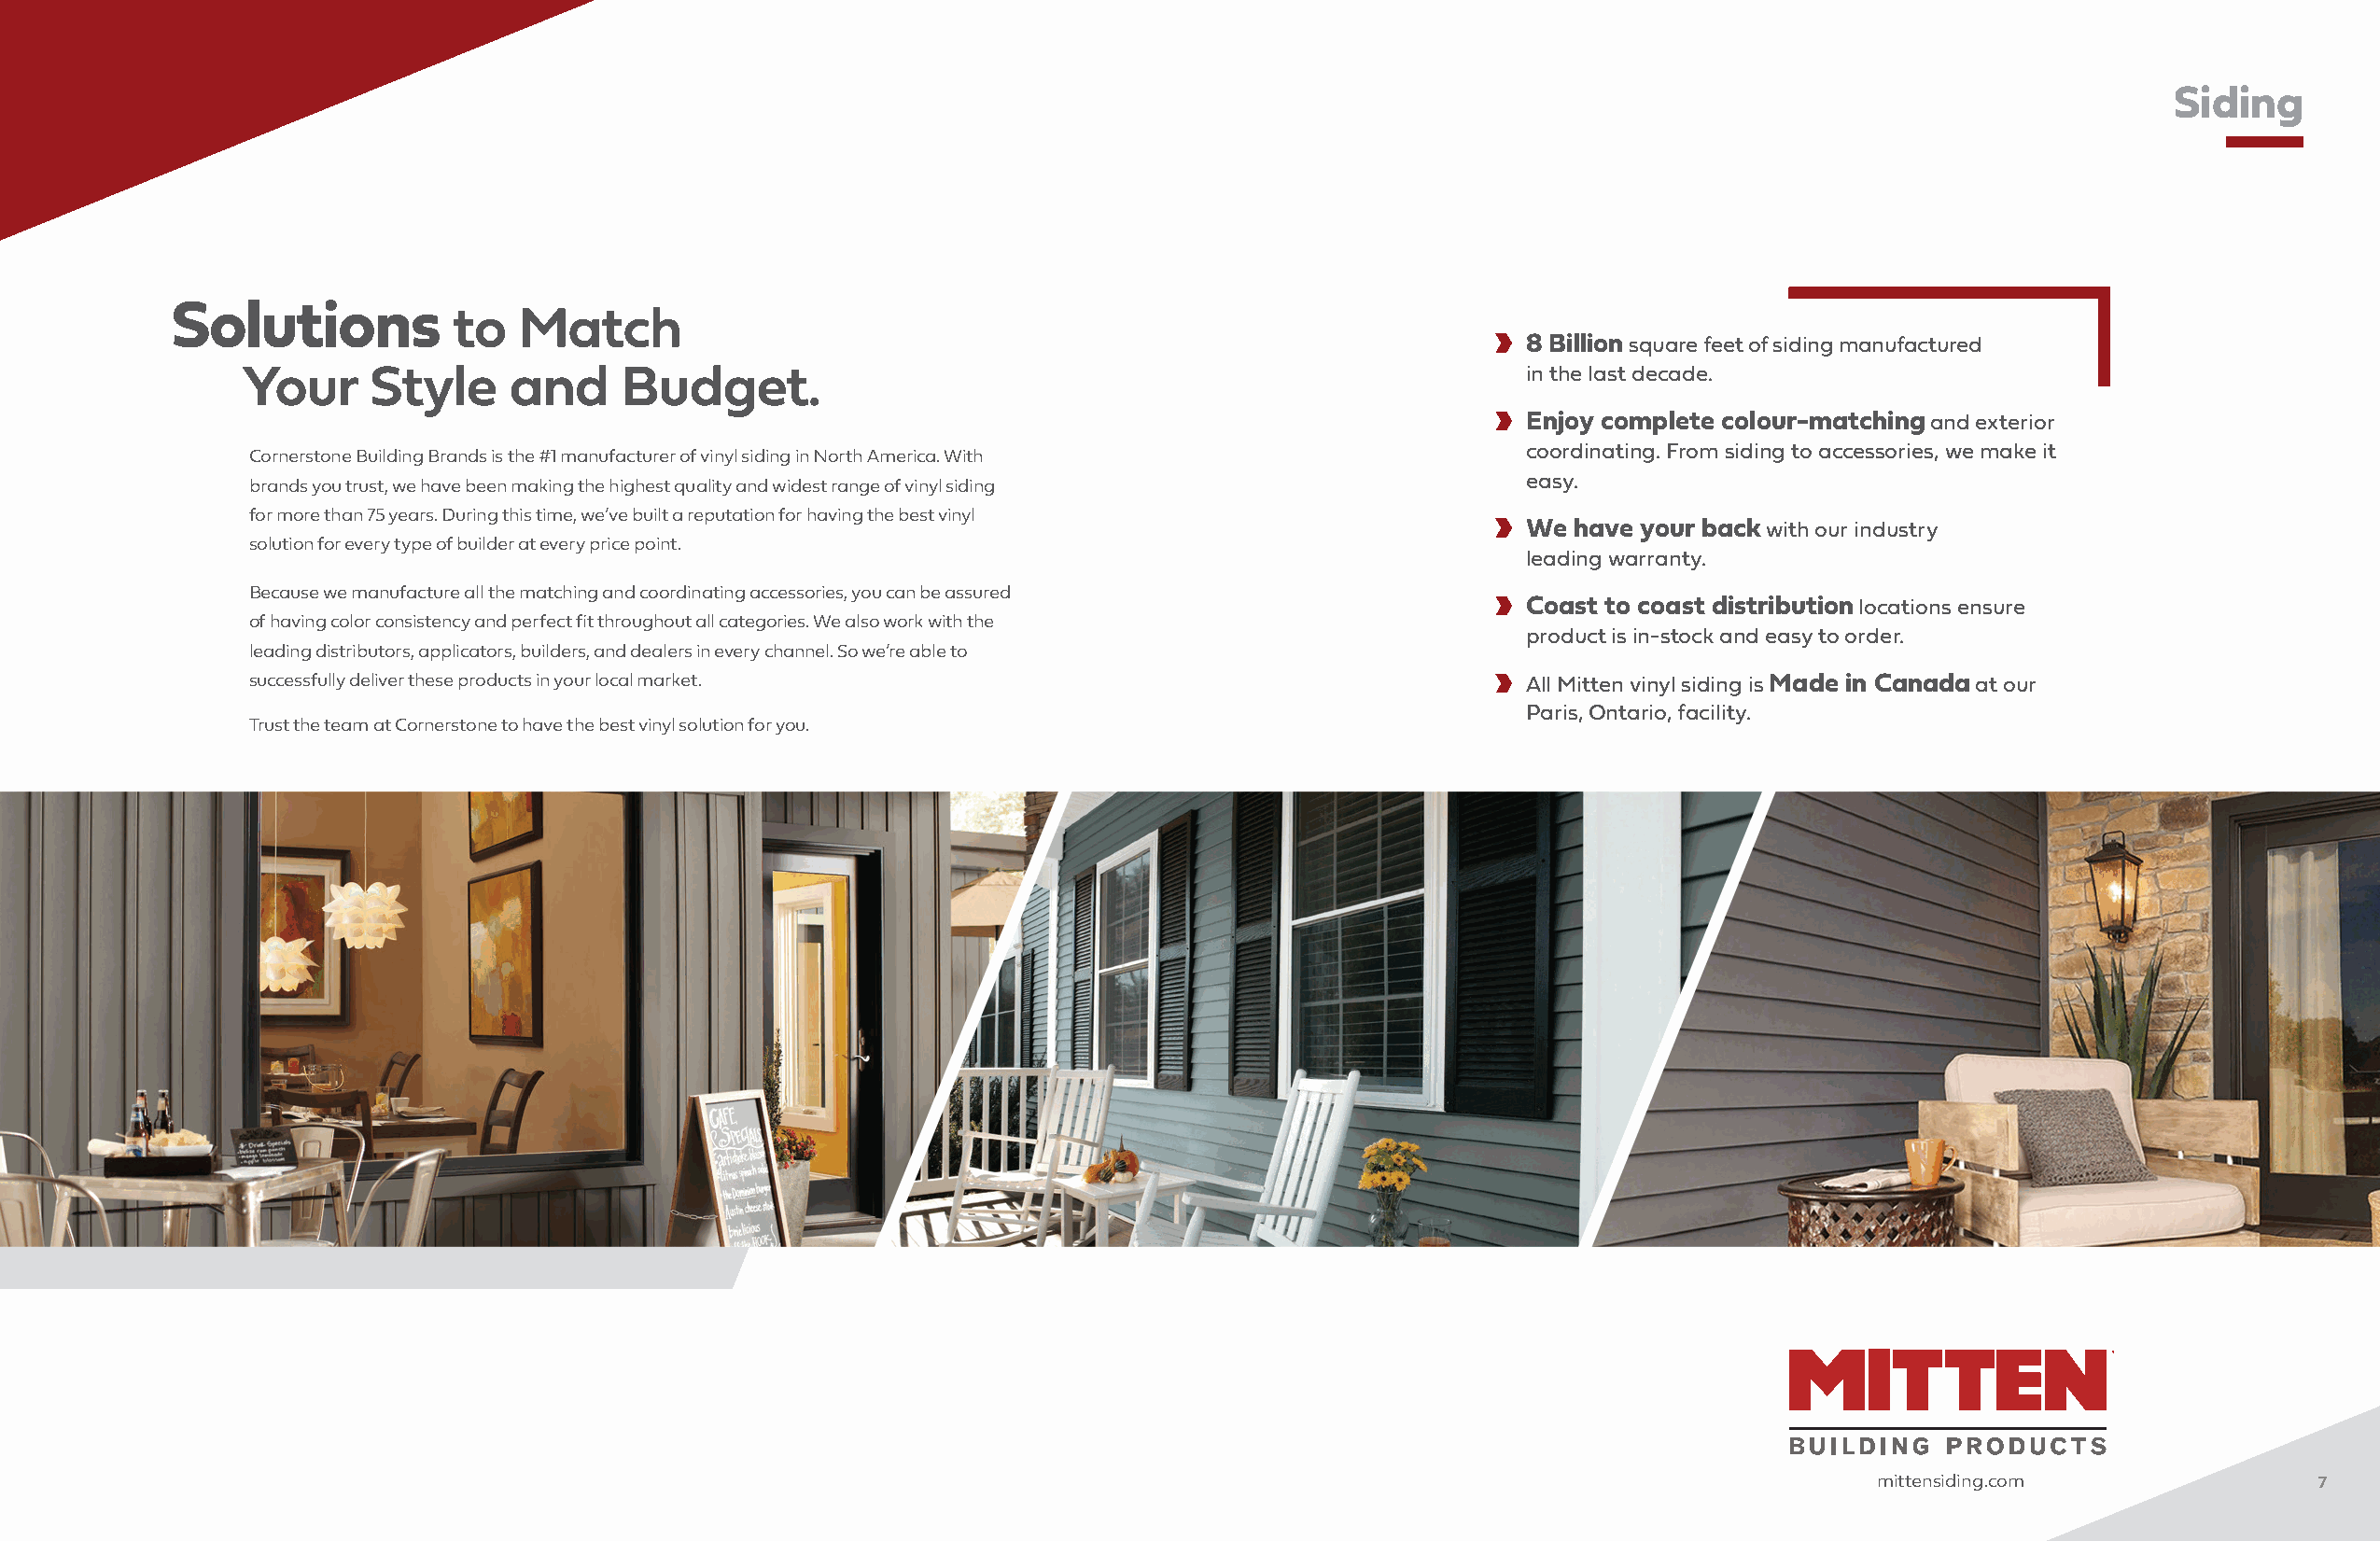
Siding
 Solutions
 to   Match
 8 Billion square feet of siding manufactured
 Your     Style     and     Budget.                                                         in the last decade.
 Enjoy complete colour-matching and exterior
 coordinating. From siding to accessories, we make it
 Cornerstone Building Brands is the #1 manufacturer of vinyl siding in North America. With
 easy.
 brands you trust, we have been making the highest quality and widest range of vinyl siding
 for more than 75 years. During this time, we’ve built a reputation for having the best vinyl
 We  have your back with our industry
 solution for every type of builder at every price point.
 leading warranty.
 Because we manufacture all the matching and coordinating accessories, you can be assured
 Coast to coast distribution locations ensure
 of having color consistency and perfect fit throughout all categories. We also work with the
 product is in-stock and easy to order.
 leading distributors, applicators, builders, and dealers in every channel. So we’re able to
 successfully deliver these products in your local market.                                 All Mitten vinyl siding is Made in Canada at our
 Paris, Ontario, facility.
 Trust the team at Cornerstone to have the best vinyl solution for you.
 mittensiding.com               7